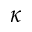
\kappa